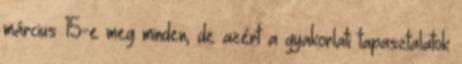
március 15-e meg minden, de azért a gyakorlati tapasztalatok